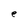
Character: e